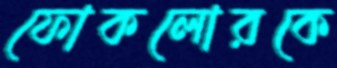
ফোকলোরকে